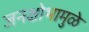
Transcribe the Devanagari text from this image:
जनक्षोभामुळे